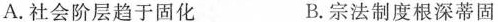
A. 社会阶层趋于固化 B. 宗法制度根深蒂固